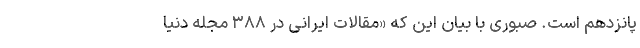
پانزدهم است. صبوری با بیان این که «مقالات ایرانی در ۳۸۸ مجله دنیا